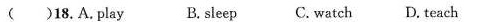
( )18.A.play B.sleep C.watch D.teach